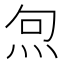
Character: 𭴔